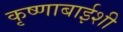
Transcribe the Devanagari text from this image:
कृष्णाबाईशी